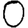
Digit: 0